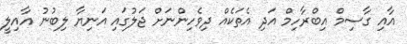
އާއި ގާސިމް އިބްރާހިމް އަދި އެތަކެއް ދިވެހިންނަށް ޖަލުގައި އަނިޔާ ލިބުނު އާއިލީ